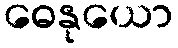
ဓေနုယော